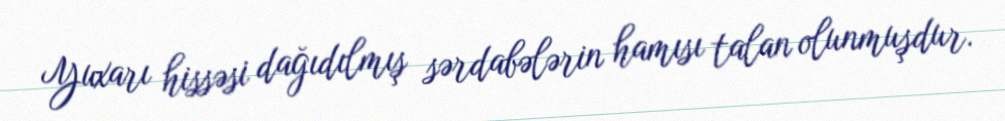
Yuxarı hissəsi dağıdılmış sərdabələrin hamısı talan olunmuşdur.